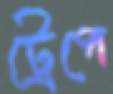
ট্রেপে